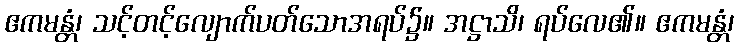
ဧကမန္တံ၊ သင့်တင့်လျောက်ပတ်သောအရပ်၌။ အဋ္ဌာသိ၊ ရပ်လေ၏။ ဧကမန္တံ၊